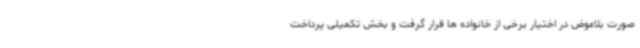
صورت بلاعوض در اختیار برخی از خانواده ها قرار گرفت و بخش تکمیلی پرداخت